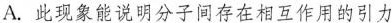
A.此现象能说明分子间存在相互作用的引力